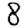
Digit: 8